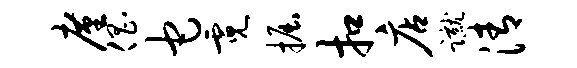
廑倡它霓掘扣店蹴清